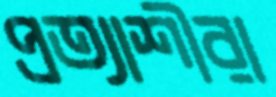
প্রত্যাশীরা